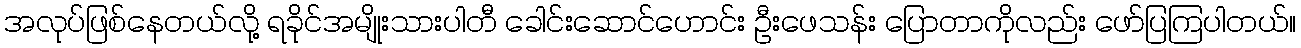
အလုပ်ဖြစ်နေတယ်လို့ ရခိုင်အမျိုးသားပါတီ ခေါင်းဆောင်ဟောင်း ဦးဖေသန်း ပြောတာကိုလည်း ဖော်ပြကြပါတယ်။